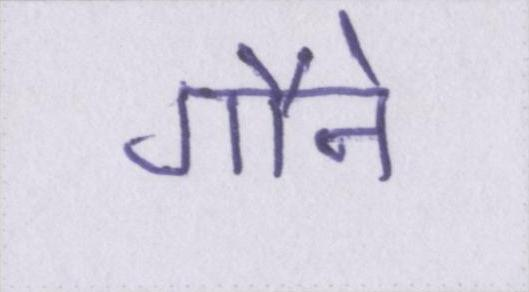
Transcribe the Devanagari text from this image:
गौने